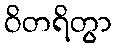
ဝိတရိတွာ